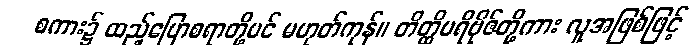
စကား၌ ထည့်ပြောစရာတို့ပင် မဟုတ်ကုန်။ တိတ္ထိပရိဗိုဇ်တို့ကား လူအဖြစ်ဖြင့်